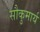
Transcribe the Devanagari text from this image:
सौकुमार्य